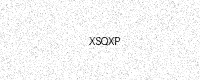
Text: XSQXP